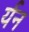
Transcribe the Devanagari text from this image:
र्यन